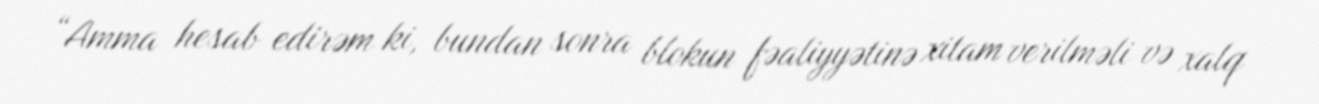
“Amma hesab edirəm ki, bundan sonra blokun fəaliyyətinə xitam verilməli və xalq